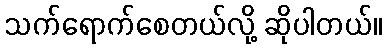
သက်ရောက်စေတယ်လို့ ဆိုပါတယ်။